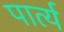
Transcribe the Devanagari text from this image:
पार्त्य